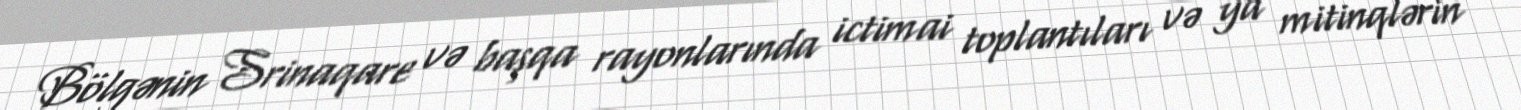
Bölgənin Srinaqare və başqa rayonlarında ictimai toplantıları və ya mitinqlərin